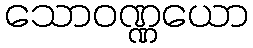
သောဝဏ္ဏယော